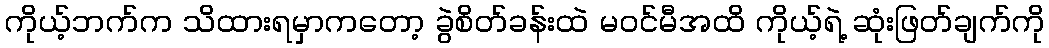
ကိုယ့်ဘက်က သိထားရမှာကတော့ ခွဲစိတ်ခန်းထဲ မဝင်မီအထိ ကိုယ့်ရဲ့ ဆုံးဖြတ်ချက်ကို